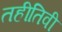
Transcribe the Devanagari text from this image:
तहीतिवी